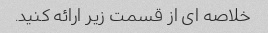
خلاصه ای از قسمت زیر ارائه کنید.